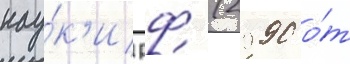
нау́к'и рф (2990 о́т